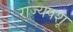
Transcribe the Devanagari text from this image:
राज्यपशू